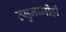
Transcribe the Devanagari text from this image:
त्सुनामीही